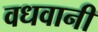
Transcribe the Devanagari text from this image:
वधवानी